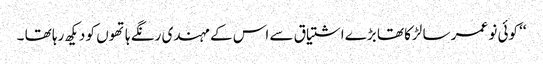
‘‘ کوئی نو عمر سا لڑکا تھا بڑے اشتیاق سے اس کے مہندی رنگے ہاتھوں کو دیکھ رہا تھا ۔